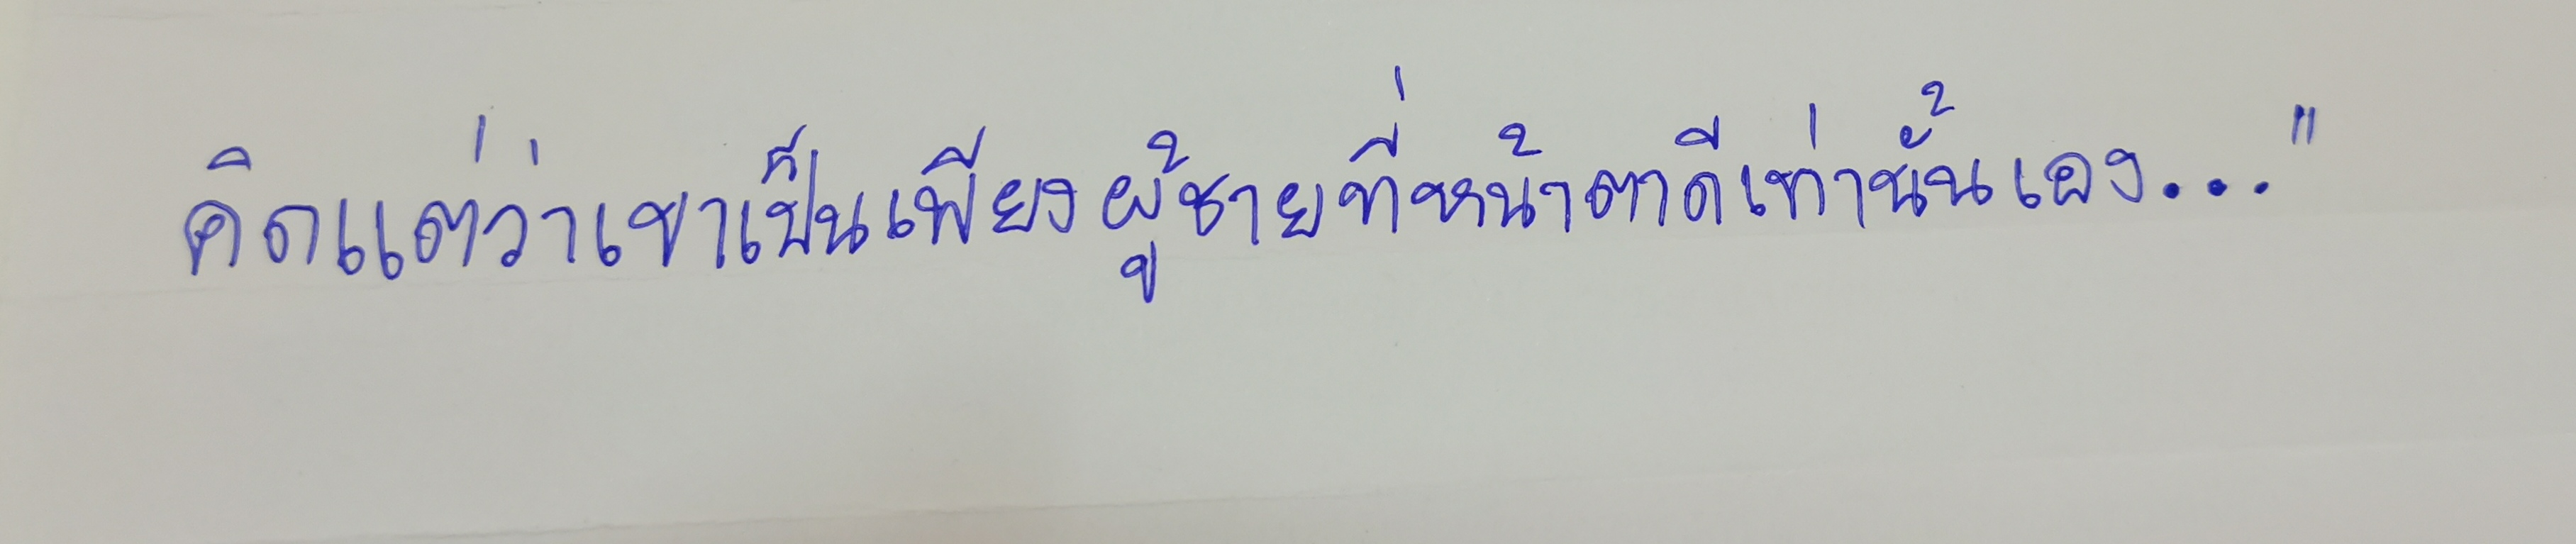
คิดแต่ว่าเขาเป็นเพียงผู้ชายที่หน้าตาดีเท่านั้นเอง..."